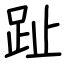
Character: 趾